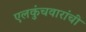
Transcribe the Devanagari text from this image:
एलकुंचवारांची